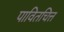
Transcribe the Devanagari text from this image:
पावितचित्त